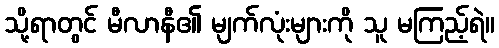
သို့ရာတွင် မီလာနီ၏ မျက်လုံးများကို သူ မကြည့်ရဲ။